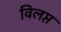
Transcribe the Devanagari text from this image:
विलप्त